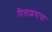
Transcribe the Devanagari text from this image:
पित्ताशयाचा